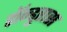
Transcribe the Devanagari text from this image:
हॉन्डुरास